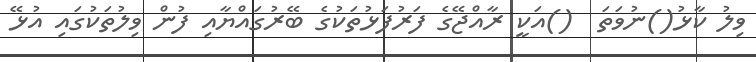
ވިލު ކާޅު()ނުވަތަ  ()އަކީ ރާއްޖޭގެ ފަރުފަޅުތަކުގެ ބޭރުގައްޔާއި ފުން ވިލުތަކުގައި އުޅޭ